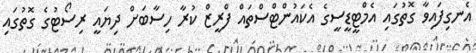
އެނގިފައިވާ ގޮތުގައި އެމްޓީޑީސީގެ އެކައުންޓްސްތައް ފްރީޒް ކުރާ ހިސާބަށް ދިޔައީ ރިސޯޓުގެ ގޮތުގައި